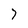
Character: 7